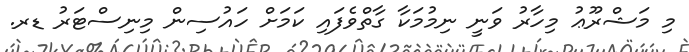
މި މަޝްރޫޢު މިހާރު ވަނީ ނިމުމަކާ ގާތްވެފައި ކަމަށް ހައުސިން މިނިސްޓަރު ޑރ.